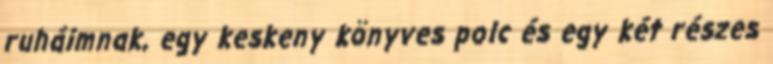
ruháimnak, egy keskeny könyves polc és egy két részes